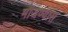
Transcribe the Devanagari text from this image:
मोजण्यास